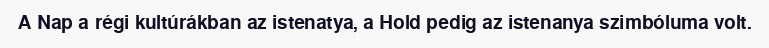
A Nap a régi kultúrákban az istenatya, a Hold pedig az istenanya szimbóluma volt.